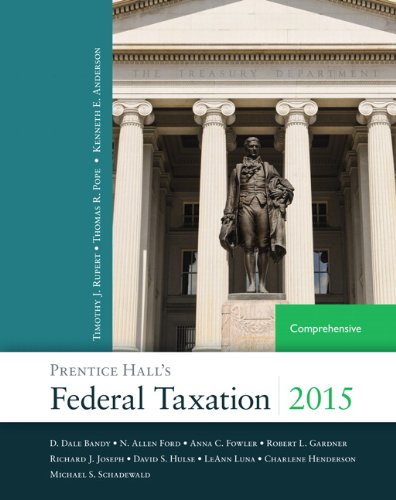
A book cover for Prentice Hall's Federal Taxation 2015 Comprehensive (28th Edition); Thomas R. Pope; Law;